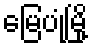
မြေပုံမြို့